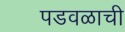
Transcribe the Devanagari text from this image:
पडवळाची